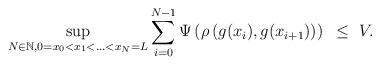
LaTeX: \begin{align*}\sup_{N\in\mathbb{N}, 0=x_0<x_1<...<x_N=L}\sum_{i=0}^{N-1}\Psi \left(\rho\left(g(x_{i}), g(x_{i+1}\right))\right)~\leq~V.\end{align*}